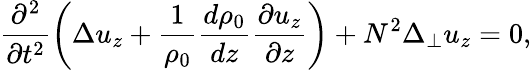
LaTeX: \frac{\partial^{2}}{\partial t^{2}}\left(\Delta u_{z}+\frac{1}{\rho_{0}}\frac{d\rho_{0}}{dz}\frac{\partial u_{z}}{\partial z}\right)+N^{2}\Delta_{\perp}u_{z}=0,